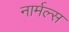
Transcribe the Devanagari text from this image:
नार्मल्स